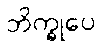
ဘိက္ခုပေ